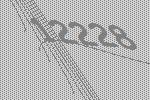
12228